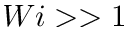
W i > > 1